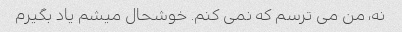
نه، من می ترسم که نمی کنم. خوشحال میشم یاد بگیرم